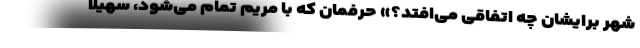
شهر برایشان چه اتفاقی می‌افتد؟» حرفمان که با مریم تمام می‌شود، سهیلا